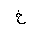
Letter: _kha